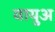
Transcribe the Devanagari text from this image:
वायुअ